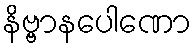
နိဗ္ဗာနပေါဏော